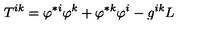
T ^ { i k } = \varphi ^ { \ast i } \varphi ^ { k } + \varphi ^ { \ast k } \varphi ^ { i } - g ^ { i k } L